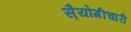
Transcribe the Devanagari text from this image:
स़ैयोगीचारी